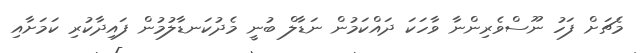
މެޗަށް ފަހު ނޫސްވެރިންނާ ވާހަކަ ދައްކަމުން ނަޑާލް ބުނީ މެދުކަނޑާލުމުން ފައިދާކުރި ކަމަށާއި